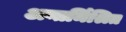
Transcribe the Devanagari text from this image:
अन्तर्मिश्रित